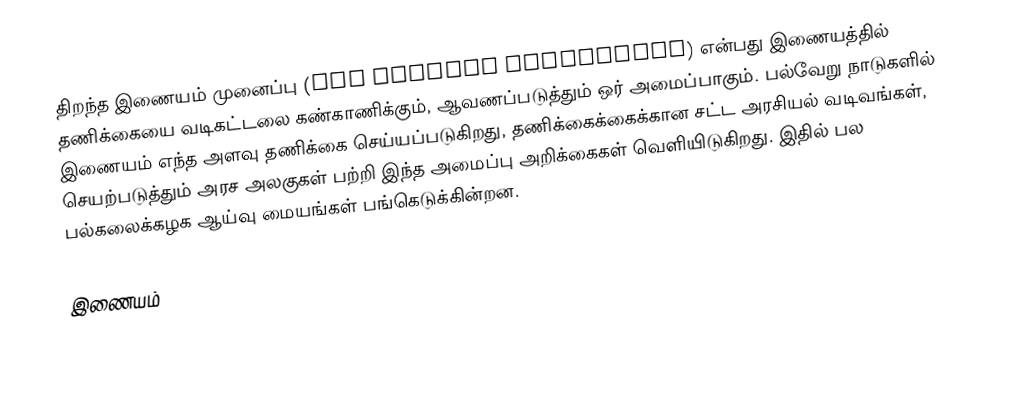
திறந்த இணையம் முனைப்பு (The OpenNet Initiative) என்பது இணையத்தில் தணிக்கையை வடிகட்டலை கண்காணிக்கும், ஆவணப்படுத்தும் ஒர் அமைப்பாகும்.  பல்வேறு நாடுகளில் இணையம் எந்த அளவு தணிக்கை செய்யப்படுகிறது, தணிக்கைக்கைக்கான சட்ட அரசியல் வடிவங்கள், செயற்படுத்தும் அரச அலகுகள் பற்றி இந்த அமைப்பு அறிக்கைகள் வெளியிடுகிறது.  இதில் பல பல்கலைக்கழக ஆய்வு மையங்கள் பங்கெடுக்கின்றன.

இணையம்